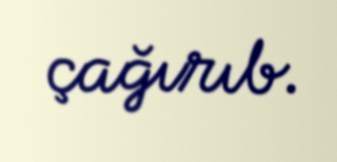
çağırıb.